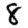
Digit: 8